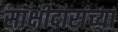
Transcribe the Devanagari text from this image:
साक्षीदारांच्या